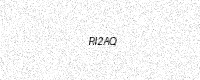
Text: RI2AQ